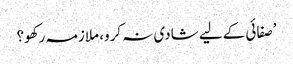
’صفائی کے لیے شادی نہ کرو، ملازمہ رکھو؟